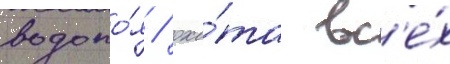
водопо́я / охо́та вс'е́х